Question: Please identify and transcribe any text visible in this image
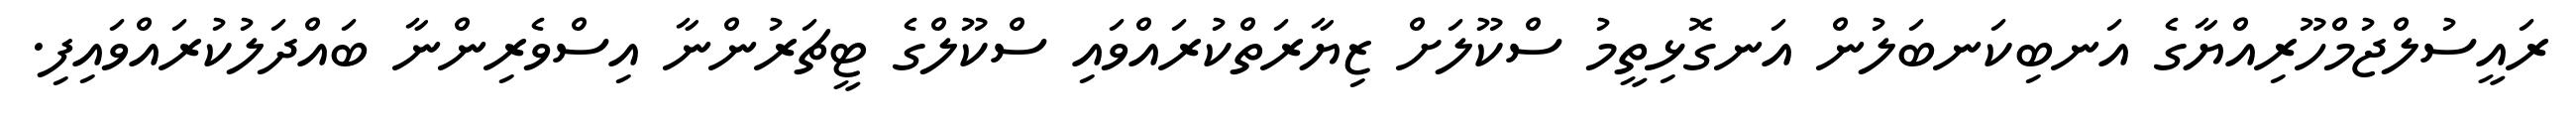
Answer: ރައީސުލްޖުމްހޫރިއްޔާގެ އަނބިކަނބަލުން އަނގޮޅިތީމު ސްކޫލަށް ޒިޔާރަތްކުރައްވައި ސްކޫލްގެ ޓީޗަރުންނާ އިސްވެރިންނާ ބައްދަލުކުރައްވައިފި.